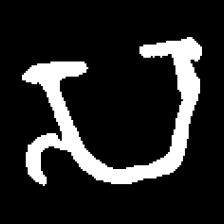
Pyu character \u2014 Myanmar letter: သ (romanized: sa)